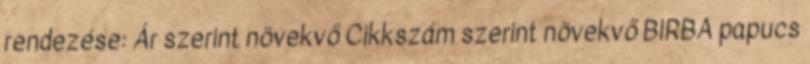
rendezése: Ár szerint növekvő Cikkszám szerint növekvő BIRBA papucs